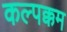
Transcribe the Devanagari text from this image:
कल्पक्कम